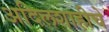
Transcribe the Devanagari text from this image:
अदिलशाहीचे